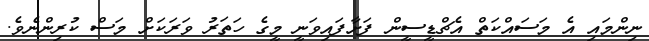
ނިންމައި އެ މަސައްކަތް އެޗްޑީސީން ފަށާފައިވަނީ މީގެ ހަތަރު ވަރަކަށް މަސް ކުރިންނެވެ.